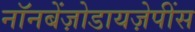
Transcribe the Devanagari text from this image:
नॉनबेंज़ोडायज़ेपींस